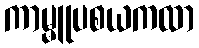
ကာမ္မူပစယကထာ